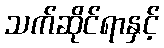
သက်ဆိုင်ရာနှင့်